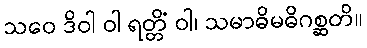
သဝေ ဒိဝါ ဝါ ရတ္တိံ ဝါ၊ သမာဓိမဓိဂစ္ဆတိ။